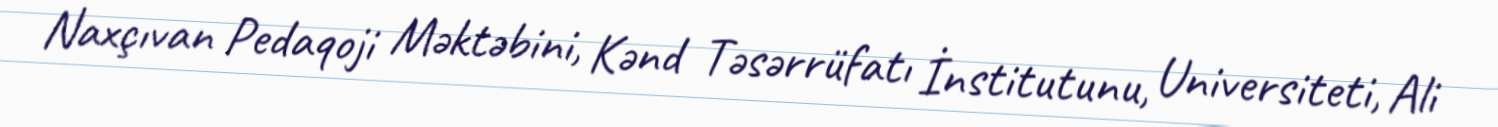
Naxçıvan Pedaqoji Məktəbini, Kənd Təsərrüfatı İnstitutunu, Universiteti, Ali